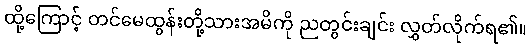
ထို့ကြောင့် တင်မေထွန်းတို့သားအမိကို ညတွင်းချင်း လွှတ်လိုက်ရ၏။